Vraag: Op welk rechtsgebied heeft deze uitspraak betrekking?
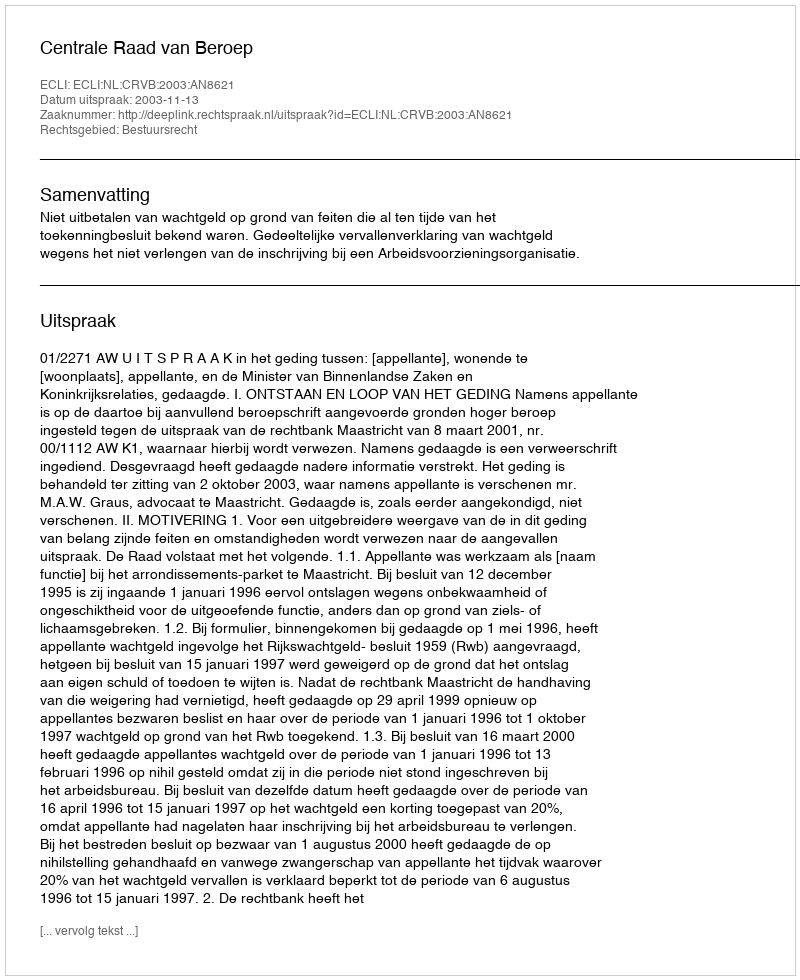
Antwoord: Bestuursrecht